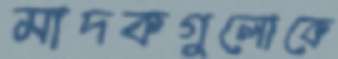
মাদকগুলোকে